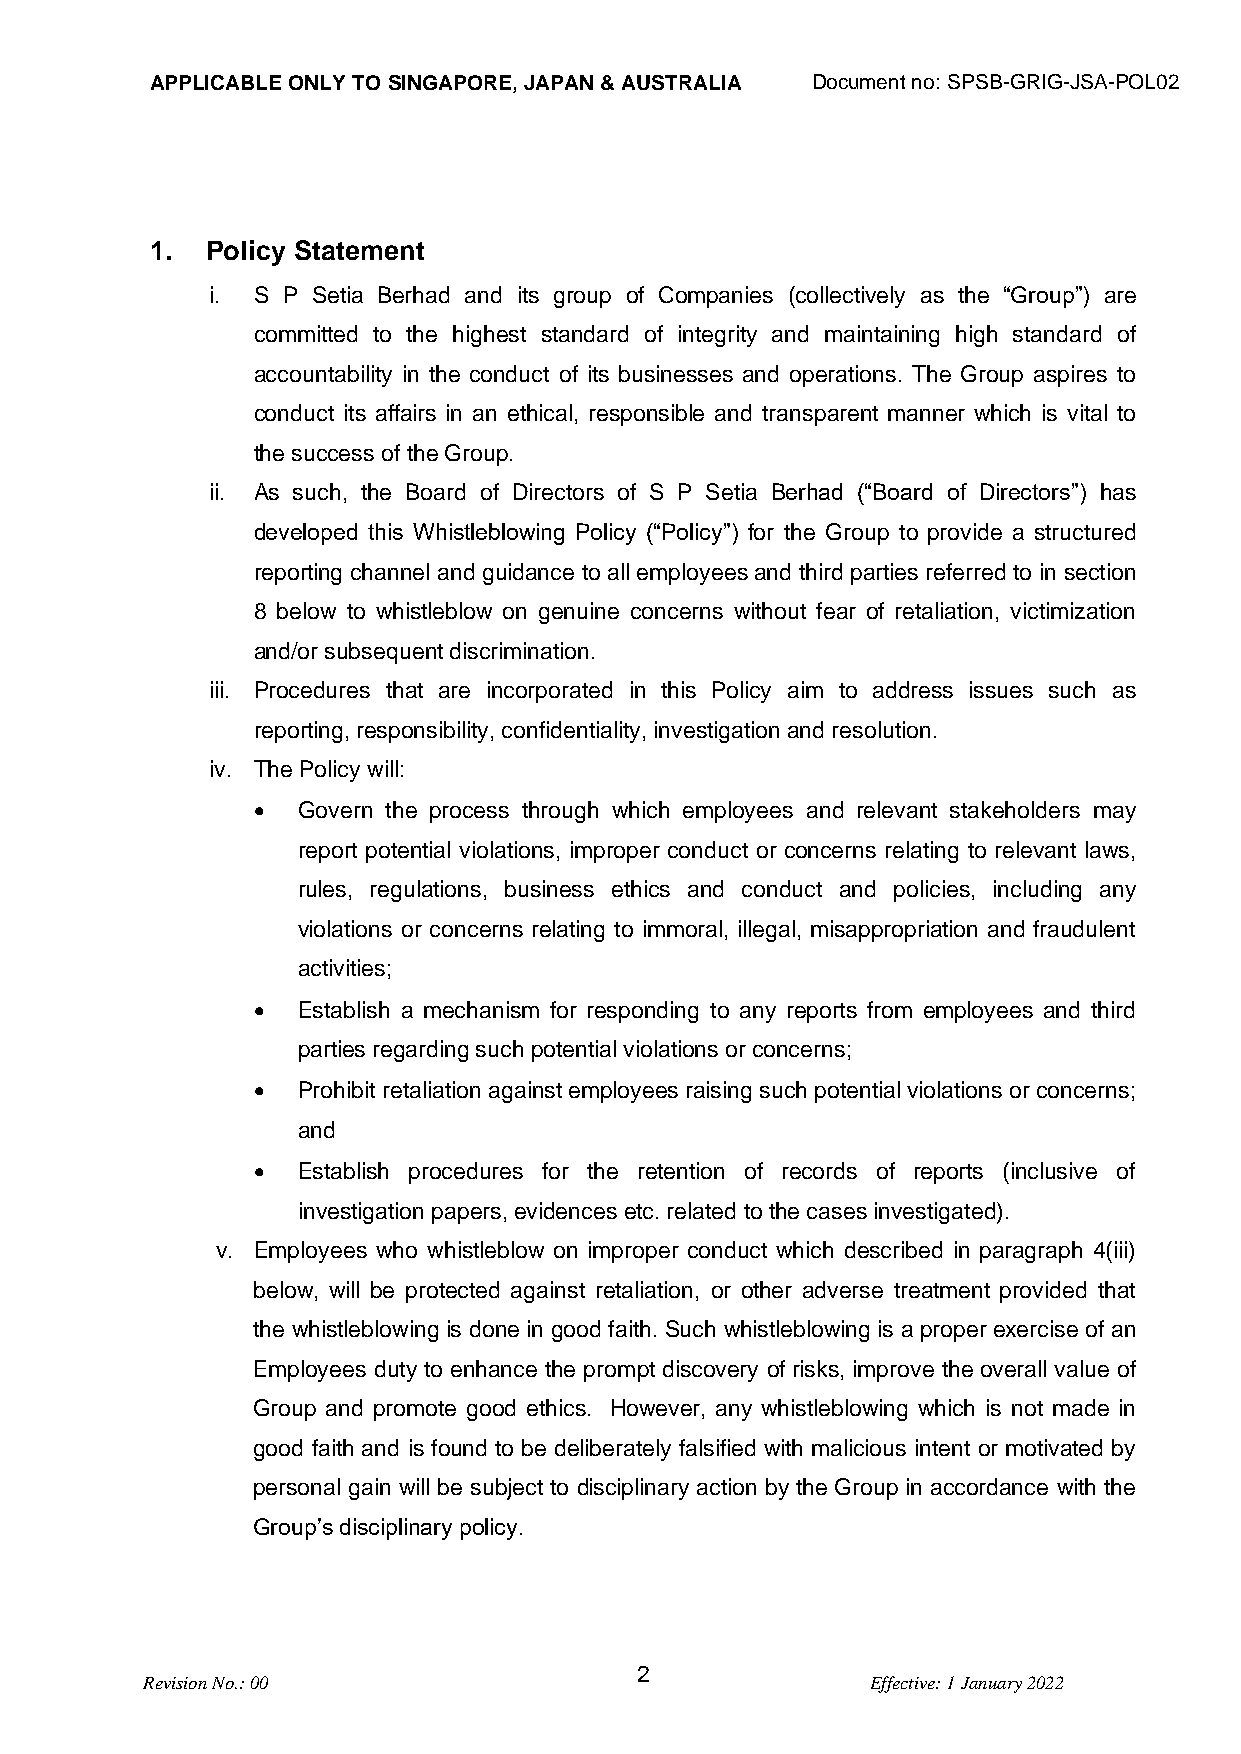
APPLICABLE ONLY TO SINGAPORE, JAPAN & AUSTRALIA Document no: SPSB-GRIG-JSA-POL02
 1.  Policy Statement
 i. S P Setia Berhad and its group of Companies (collectively as the “Group”) are
 committed to the highest standard of integrity and maintaining high standard of
 accountability in the conduct of its businesses and operations. The Group aspires to
 conduct its affairs in an ethical, responsible and transparent manner which is vital to
 the success of the Group.
 ii. As such, the Board of Directors of S P Setia Berhad (“Board of Directors”) has
 developed this Whistleblowing Policy (“Policy”) for the Group to provide a structured
 reporting channel and guidance to all employees and third parties referred to in section
 8 below to whistleblow on genuine concerns without fear of retaliation, victimization
 and/or subsequent discrimination.
 iii. Procedures that are incorporated in this Policy aim to address issues such as
 reporting, responsibility, confidentiality, investigation and resolution.
 iv. The Policy will:
 •  Govern the process through which employees and relevant stakeholders may
 report potential violations, improper conduct or concerns relating to relevant laws,
 rules, regulations, business ethics and conduct and policies, including any
 violations or concerns relating to immoral, illegal, misappropriation and fraudulent
 activities;
 •  Establish a mechanism for responding to any reports from employees and third
 parties regarding such potential violations or concerns;
 •  Prohibit retaliation against employees raising such potential violations or concerns;
 and
 •  Establish procedures for the retention of records of reports (inclusive of
 investigation papers, evidences etc. related to the cases investigated).
 v. Employees who whistleblow on improper conduct which described in paragraph 4(iii)
 below, will be protected against retaliation, or other adverse treatment provided that
 the whistleblowing is done in good faith. Such whistleblowing is a proper exercise of an
 Employees duty to enhance the prompt discovery of risks, improve the overall value of
 Group and promote good ethics. However, any whistleblowing which is not made in
 good faith and is found to be deliberately falsified with malicious intent or motivated by
 personal gain will be subject to disciplinary action by the Group in accordance with the
 Group’s disciplinary policy.
 2
 Revision No.: 00                                 Effective: 1 January 2022